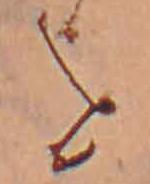
を